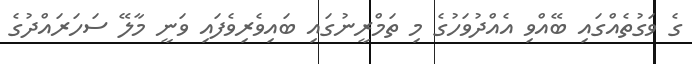
ގެ ވަގުތެއްގައި ބޭއްވި އެއްދުވަހުގެ މި ތަމްރީނުގައި ބައިވެރިވެފައި ވަނީ މާލޭ ސަހަރައްދުގެ